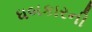
ધબકારની